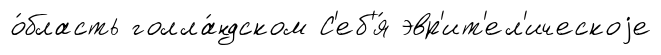
о́бласть голла́ндском С'еб'я́ эвр'ит'ел'ическоjе